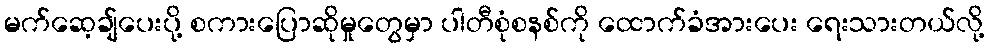
မက်ဆေ့ချ်ပေးပို့ စကားပြောဆိုမှုတွေမှာ ပါတီစုံစနစ်ကို ထောက်ခံအားပေး ရေးသားတယ်လို့